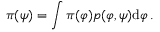
\pi ( \psi ) = \int \pi ( \varphi ) p ( \varphi , \psi ) \mathrm { d } \varphi \, .